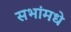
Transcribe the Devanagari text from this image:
सभांमधे